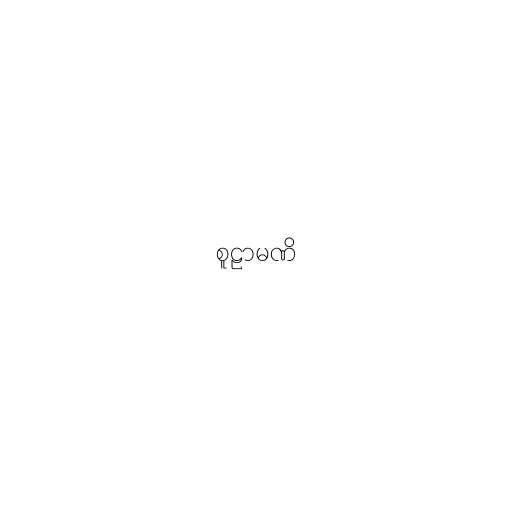
စူဠာမဏိ